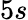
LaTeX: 5s